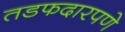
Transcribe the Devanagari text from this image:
तडफदारपणे